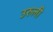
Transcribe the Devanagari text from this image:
उरुली